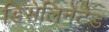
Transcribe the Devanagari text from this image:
डिसेलिनेटेड